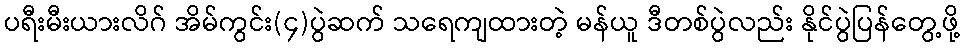
ပရီးမီးယားလိဂ် အိမ်ကွင်း(၄)ပွဲဆက် သရေကျထားတဲ့ မန်ယူ ဒီတစ်ပွဲလည်း နိုင်ပွဲပြန်တွေ့ဖို့